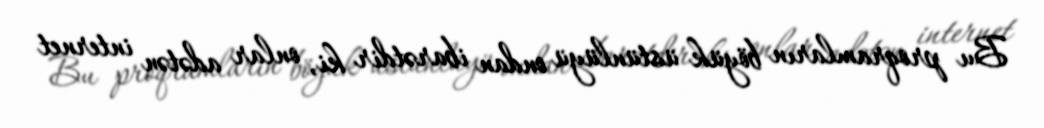
Bu proqramların böyük üstünlüyü ondan ibarətdir ki, onlar adətən internet